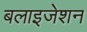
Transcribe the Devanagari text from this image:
बलाइजेशन